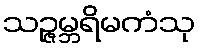
သဉ္ဇမ္ဘရိမကံသု